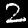
Digit: 2